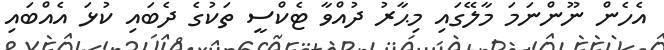
އެހެން ނޫންނަމަ މާލޭގައި މިޙާރު ދުއްވާ ޓެކްސީ ތަކުގެ ދެބައި ކުޅަ އެއްބައި